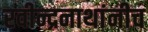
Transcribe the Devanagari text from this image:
रवीन्द्रनाथांनीच